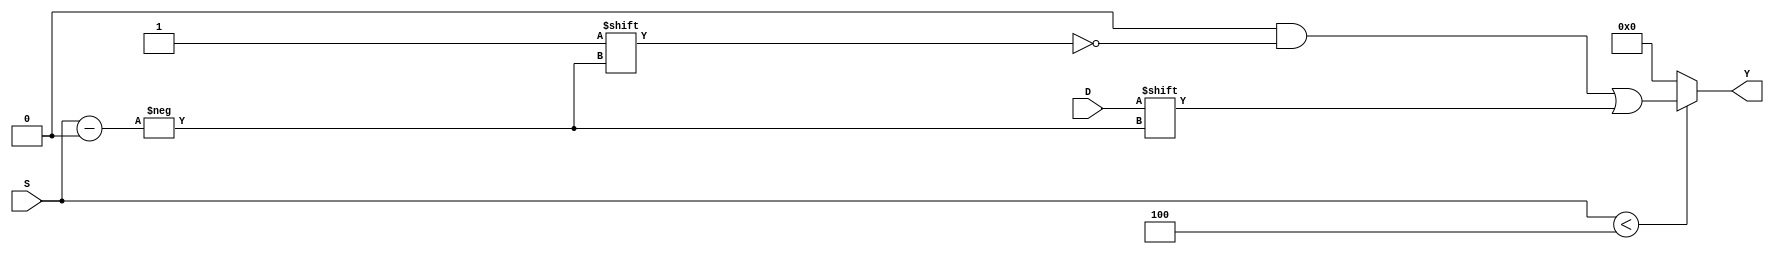
module ParameterizedDemux #(
    parameter N = 4  // Number of output lines
) (
    input wire D,                      // Data input
    input wire [$clog2(N)-1:0] S,     // Select lines
    output reg [N-1:0] Y               // Output lines
);

    always @(*) begin
        // Default all outputs to 0
        Y = {N{1'b0}};
        
        // Check if the select lines are within the valid range
        if (S < N) begin
            Y[S] = D;  // Route data input to the selected output line
        end
        // If S >= N, Y remains all zeros (or can be defined as needed)
    end

endmodule